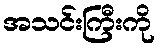
အသင်းကြီးကို